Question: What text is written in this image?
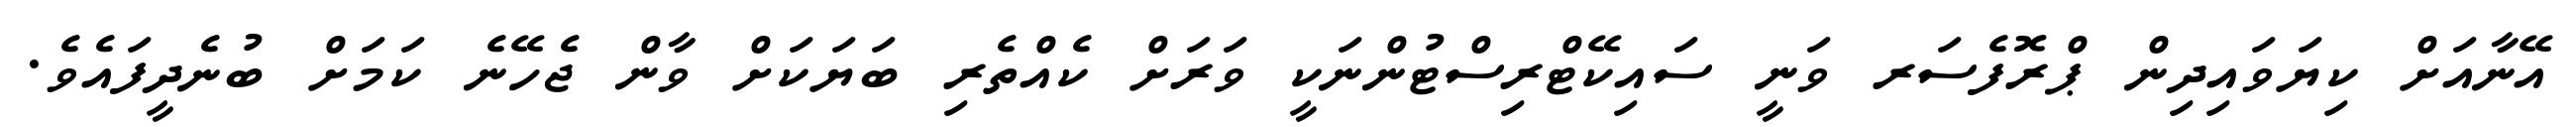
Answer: އޭނާއަށް ކިޔަވައިދިން ޕްރޮފެސަރ ވަނީ ސައިކޭޓްރިސްޓުންނަކީ ވަރަށް ކެއްތެރި ބަޔަކަށް ވާން ޖެހޭނެ ކަމަށް ބުނެދީފައެވެ.